Vaccination North-Western Provinces and Oudh 1878-1895 - 1878-1895
Year: 1878
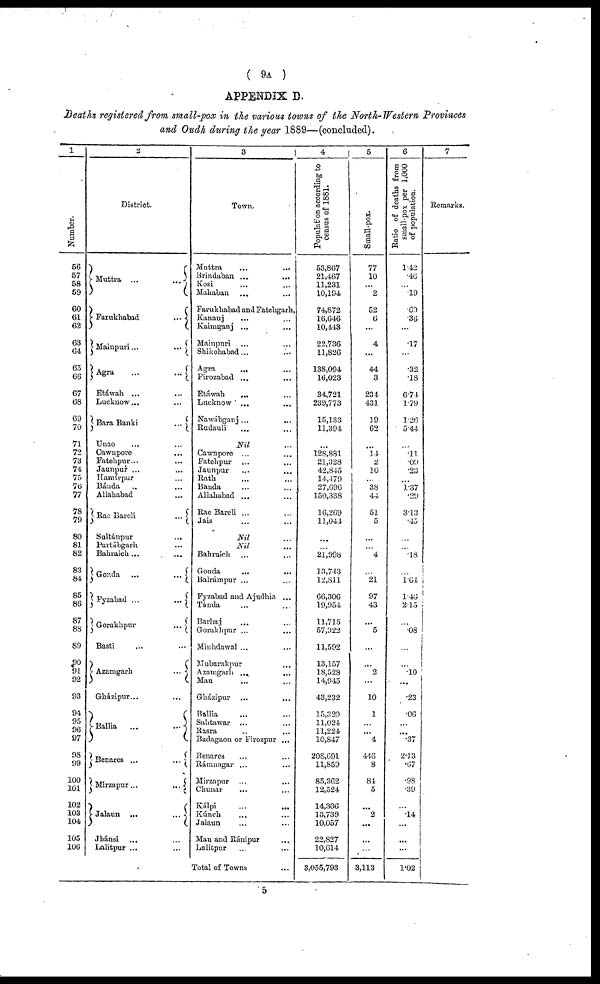
( 9A )
APPENDIX D.
Deaths registered from small-pox in the various towns of the North-Western Provinces
and Oudh during the year 1889—(concluded).
1
Number.
56
57
58
59
60
61
62
63
64
65
66
67
68
69
70
71
72
73
74
75
76
77
78
79
80
81
82
83
84
85
86
87
88
89
90
91
92
93
94
95
96
97
98
99
100
101
102
103
104
105
106
2
District.
Muttra ...
...
Farukhabad
...
Mainpuri...
...
Agra
...
...
Etáwah ... ...
Lucknow... ...
Bara Banki
...
Unao ... ...
Cawnpore ...
Fatehpur... ...
Jaunpur ... ...
Hamírpur ...
Bánda ...
Allahabad ...
Rae Bareli
...
Sultánpur
...
Partábgarh ...
Bahraich ... ...
Gonda ...
...
Fyzabad ...
...
Gorakhpur
...
Basti ... ...
Azamgarh
...
Gházipur... ...
Ballia
...
...
Benares ...
...
Mirzapur...
...
Jalaun ...
...
Jhánsi ... ...
Lalitpur ... ...
3
Town.
Muttra ... ...
Brindaban ...
...
Kosi ... ...
Mahaban ... ...
Farukhabad and Fatehgarh,
Ksnauj ... ...
Kaimganj ... ...
Mainpuri ... ...
Shikohabad... ...
Agra
... ...
Firozabad ... ...
Etáwah
... ...
Lucknow ... ...
Nawábganj ... ...
Rudauli
... ...
Nil ...
Cawnpore ... ...
Fatehpur ... ...
Jaunpur
... ...
Rath ... ...
Banda ... ...
Allahabad ... ...
Rae Bareli ... ...
Jais ... ...
Nil ...
Nil ...
Bahraich ... ...
Gonda
...
...
Balrámpur ... ...
Fyzabad and Ajudhia ...
Tánda ... ...
Barhaj ... ...
Gorakhpur ... ...
Minhdawal ... ...
Mubarakpur ...
Azamgarh ...
...
Mau ... ...
Gházipur ... ...
Ballia ... ...
Sahtawar ... ...
Rasra ... ...
Badagaon or Firozpur ...
Benares ... ...
Rámnagar ... ...
Mirzapur ... ...
Chunar ... ...
Kálpi
...
...
Kúnch ... ...
Jalaun ... ...
Man and Ránipur ...
Lalitpur ... ...
Total of Towns ...
4
Populat on according to
census of 1881.
53,867
21,467
11,231
10,194
74,872
16,646
10,443
22,736
11,826
138,094
16,023
34,721
239,773
15,133
11,394
...
128,881
21,328
42,845
14,479
27,696
150,338
16,269
11,041
...
...
21,998
13,743
12,811
66,306
19,954
11,715
57,922
11,592
13,157
18,528
14,945
43,232
15,320
11,024
11,224
10,847
208,691
11,859
85,362
12,524
14,306
13,739
10,057
22,827
10,614
3,055,793
5
Small-pox.
77
10
...
2
52
6
...
4
...
44
3
234
431
19
62
...
14
2
10
...
38
44
51
5
...
...
4
...
21
97
43
...
5
...
...
2
...
10
1
...
...
4
446
8
84
5
...
2
...
...
...
3,113
6
Ratio of deaths from
small-pox per 1,000
of population.
1.42
.46
...
.19
.69
.36
...
.17
...
.32
.18
6.74
1.79
1.26
5.44
...
.11
.09
.23
...
1.37
.29
3.13
.45
...
...
.18
...
1.64
1.46
2.15
...
.08
...
...
.10
...
.23
.06
...
...
.37
2.13
.67
.98
.39
...
.14
...
...
...
1.02
7
Remarks.
5